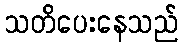
သတိပေးနေသည်